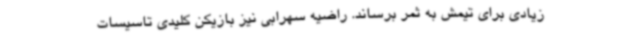
زیادی برای تیمش به ثمر برساند. راضیه سهرابی نیز بازیکن کلیدی تاسیسات